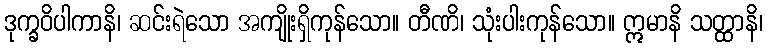
ဒုက္ခဝိပါကာနိ၊ ဆင်းရဲသော အကျိုးရှိကုန်သော။ တီဏိ၊ သုံးပါးကုန်သော။ ဣမာနိ သတ္ထာနိ၊